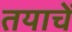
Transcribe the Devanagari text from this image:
तयाचें